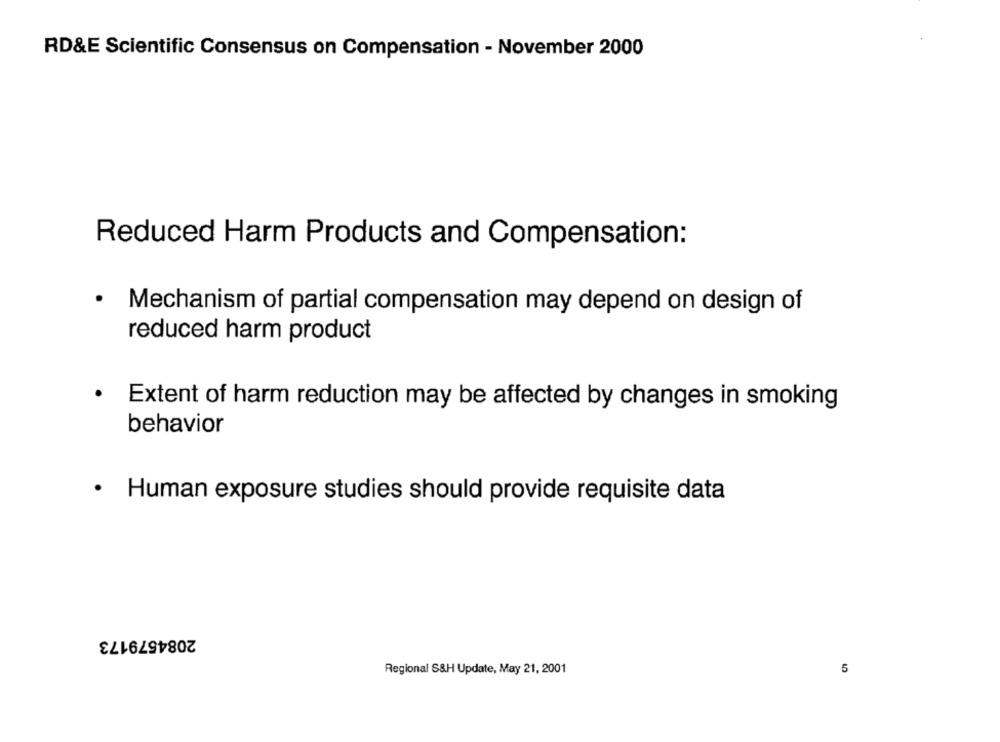
RD&E Scientific Consensus on Compensation - November 2000
Reduced Harm Products and Compensation:
Mechanism of partial compensation may depend on design of
reduced harm product
.
Extent of harm reduction may be affected by changes in smoking
behavior
· Human exposure studies should provide requisite data
2084579173
Regional S&H Update, May 21, 2001
5